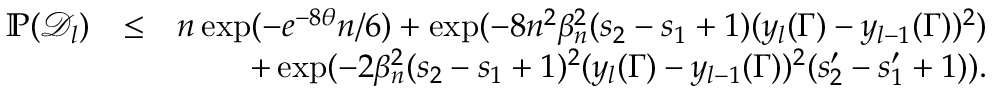
\begin{array} { r l r } { \mathbb { P } ( \mathcal { D } _ { l } ) } & { \leq } & { n \exp ( - e ^ { - 8 \theta } n \slash 6 ) + \exp ( - 8 n ^ { 2 } \beta _ { n } ^ { 2 } ( s _ { 2 } - s _ { 1 } + 1 ) ( y _ { l } ( \Gamma ) - y _ { l - 1 } ( \Gamma ) ) ^ { 2 } ) } \\ & { } & { + \exp ( - 2 \beta _ { n } ^ { 2 } ( s _ { 2 } - s _ { 1 } + 1 ) ^ { 2 } ( y _ { l } ( \Gamma ) - y _ { l - 1 } ( \Gamma ) ) ^ { 2 } ( s _ { 2 } ^ { \prime } - s _ { 1 } ^ { \prime } + 1 ) ) . } \end{array}